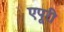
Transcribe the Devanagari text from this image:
एपूरी